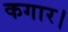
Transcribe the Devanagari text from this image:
कगार।